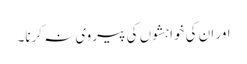
اور ان کی خواہشوں کی پیروی نہ کرنا۔